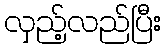
လှည့်လည်ပြီး